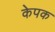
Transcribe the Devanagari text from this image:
केपक